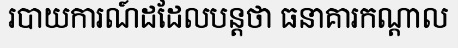
របាយការណ៍ដដែលបន្តថា ធនាគារកណ្តាល